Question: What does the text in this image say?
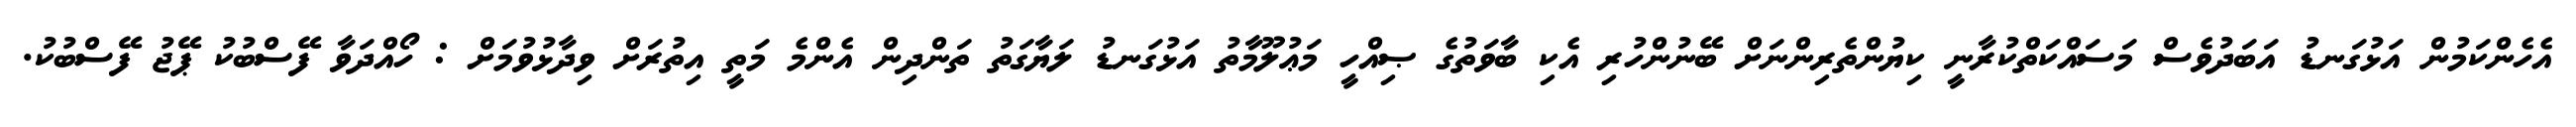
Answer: އެހެންކަމުން އަޅުގަނޑު އަބަދުވެސް މަސައްކަތްކުރާނީ ކިޔުންތެރިންނަށް ބޭނުންހުރި އެކި ބާވަތުގެ ޞިއްހީ މަޢުލޫމާތު އަޅުގަނޑު ލަޔާގަތު ތަންދިން އެންމެ މަތީ އިތުރަށް ވިދާޅުވުމަށް : ހޯއްދަވާ ފޭސްބުކު ޕޭޖު ފޭސްބުކު.